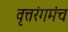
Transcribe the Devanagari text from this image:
वृत्तरंगमंच